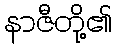
နာဇီတို့၏